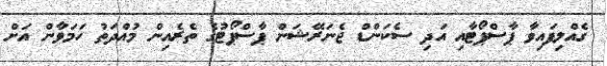
ގެއްލިފައިވާ ޕާސްޕޯޓާއި އަދި ސެކަންޑް ޖެނަރޭޝަން ޕާސްޕޯޓުގެ ތެރެއިން މުއްދަތު ހަމަވާން އަށް